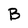
Character: B